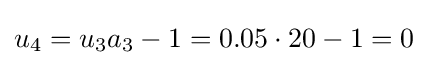
u_{4}=u_{3}a_{3}-1=0.05\cdot 20-1=0